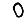
Digit: 0